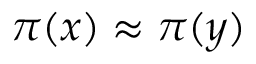
\pi ( x ) \approx \pi ( y )